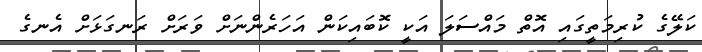
ކަލޭގެ ކުރިމަތީގައި އޮތް މައްސަލަ އަކީ ކޮބައިކަން އަހަރެންނަށް ވަރަށް ރަނގަޅަށް އެނގެ